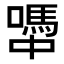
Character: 𡁉